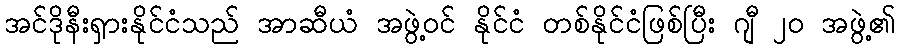
အင်ဒိုနီးရှားနိုင်ငံသည် အာဆီယံ အဖွဲ့ဝင် နိုင်ငံ တစ်နိုင်ငံဖြစ်ပြီး ဂျီ ၂၀ အဖွဲ့၏